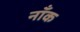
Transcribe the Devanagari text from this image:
नाँक